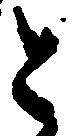
と